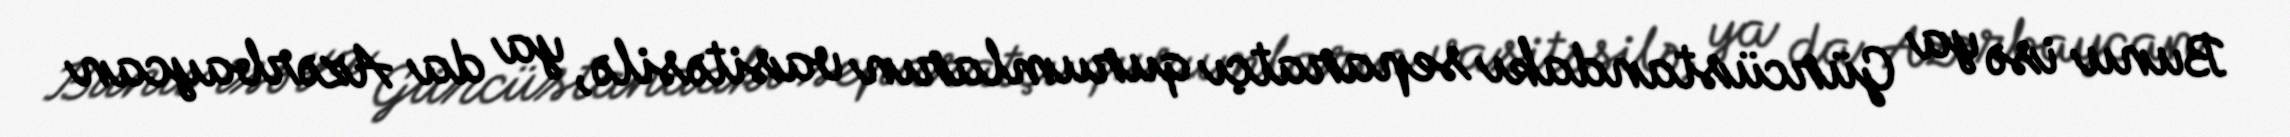
Bunu isə ya Gürcüstandakı separatçı qurumların vasitəsilə, ya da Azərbaycan